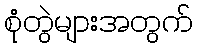
စုံတွဲများအတွက်